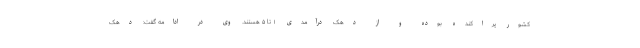
کشور پراکنده بوده و از دهک درآمدی ۱ تا ۵ هستند. وی در ادامه گفت: دهک